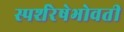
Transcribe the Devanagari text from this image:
स्पर्शरेषेभोवती